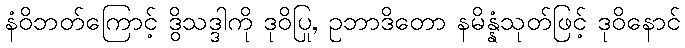
နံဝိဘတ်ကြောင့် ဒွိသဒ္ဒါကို ဒုဝိပြု, ဥဘာဒိတော နမိန္နံသုတ်ဖြင့် ဒုဝိနောင်